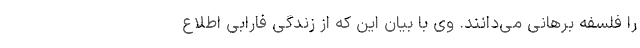
را فلسفه برهانی می‌دانند. وی با بیان این که از زندگی فارابی اطلاع